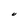
Character: U